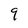
Character: 9